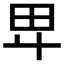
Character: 𤰞